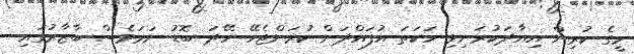
މީގެ ކުރިން އިއާދަކުރަނިވި ހަކަތަ އުފައްދަން ކުރަންޖެހޭ ހޭދަ ބޮޑު ނަމަވެސް ބާޒާރުގައި